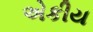
એકીય